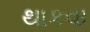
થાકવા